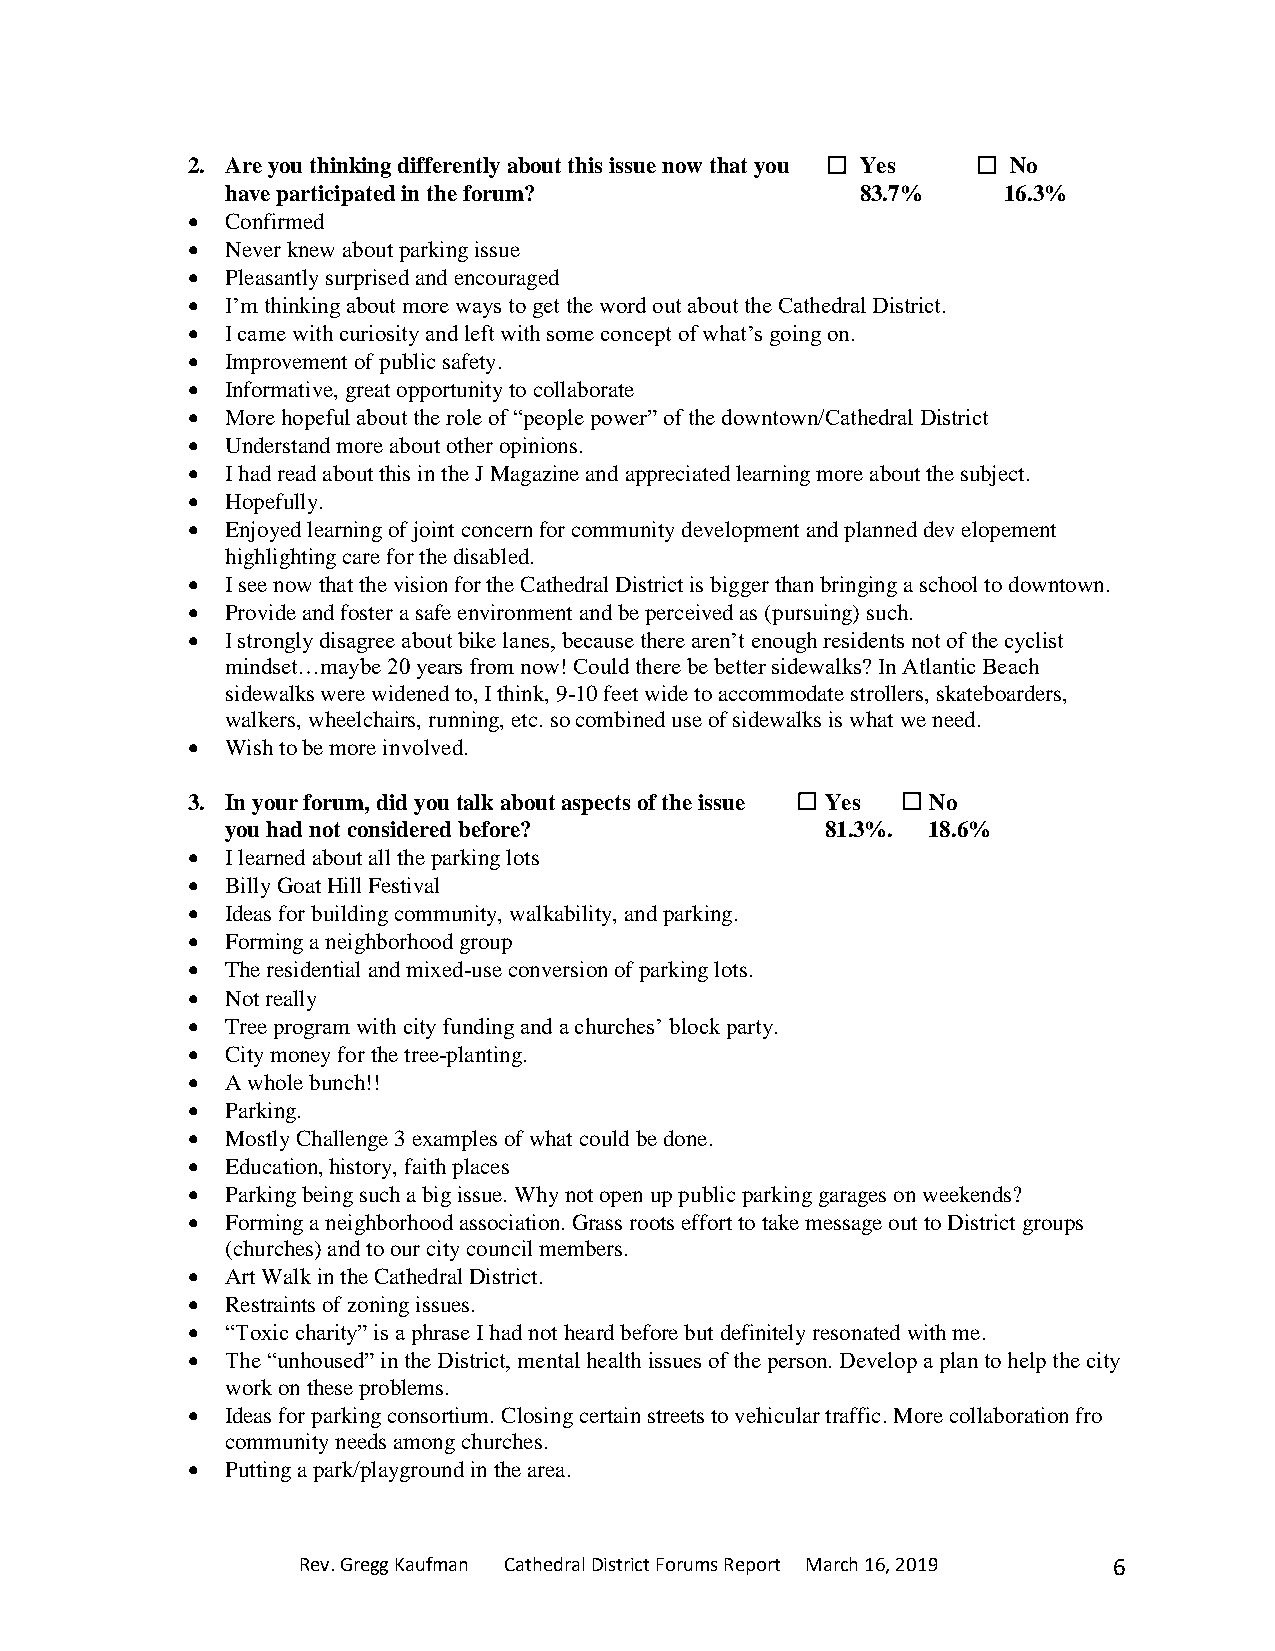
2. Are you thinking differently about this issue now that you ☐ Yes ☐ No
 have participated in the forum?           83.7%    16.3%
 •  Confirmed
 •  Never knew about parking issue
 •  Pleasantly surprised and encouraged
 •  I’m thinking about more ways to get the word out about the Cathedral District.
 •  I came with curiosity and left with some concept of what’s going on.
 •  Improvement of public safety.
 •  Informative, great opportunity to collaborate
 •  More hopeful about the role of “people power” of the downtown/Cathedral District
 •  Understand more about other opinions.
 •  I had read about this in the J Magazine and appreciated learning more about the subject.
 •  Hopefully.
 •  Enjoyed learning of joint concern for community development and planned dev elopement
 highlighting care for the disabled.
 •  I see now that the vision for the Cathedral District is bigger than bringing a school to downtown.
 •  Provide and foster a safe environment and be perceived as (pursuing) such.
 •  I strongly disagree about bike lanes, because there aren’t enough residents not of the cyclist
 mindset…maybe 20 years from now! Could there be better sidewalks? In Atlantic Beach
 sidewalks were widened to, I think, 9-10 feet wide to accommodate strollers, skateboarders,
 walkers, wheelchairs, running, etc. so combined use of sidewalks is what we need.
 •  Wish to be more involved.
 3. In your forum, did you talk about aspects of the issue ☐ Yes ☐ No
 you had not considered before?          81.3%. 18.6%
 •  I learned about all the parking lots
 •  Billy Goat Hill Festival
 •  Ideas for building community, walkability, and parking.
 •  Forming a neighborhood group
 •  The residential and mixed-use conversion of parking lots.
 •  Not really
 •  Tree program with city funding and a churches’ block party.
 •  City money for the tree-planting.
 •  A whole bunch!!
 •  Parking.
 •  Mostly Challenge 3 examples of what could be done.
 •  Education, history, faith places
 •  Parking being such a big issue. Why not open up public parking garages on weekends?
 •  Forming a neighborhood association. Grass roots effort to take message out to District groups
 (churches) and to our city council members.
 •  Art Walk in the Cathedral District.
 •  Restraints of zoning issues.
 •  “Toxic charity” is a phrase I had not heard before but definitely resonated with me.
 •  The “unhoused” in the District, mental health issues of the person. Develop a plan to help the city
 work on these problems.
 •  Ideas for parking consortium. Closing certain streets to vehicular traffic. More collaboration fro
 community needs among churches.
 •  Putting a park/playground in the area.
 Rev. Gregg Kaufman Cathedral District Forums Report March 16, 2019 6